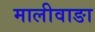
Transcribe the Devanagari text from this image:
मालीवाङा